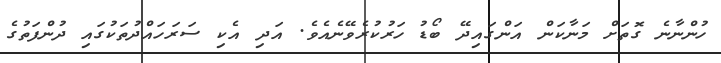
ހުންނާނެ ގޮތަށް މަނާކަން އަންގައިދޭ ބޯޑު ހަރުކުރެވޭނެއެވެ. އަދި އެކި ސަރަހައްދުތަކުގައި ދުންފަތުގެ